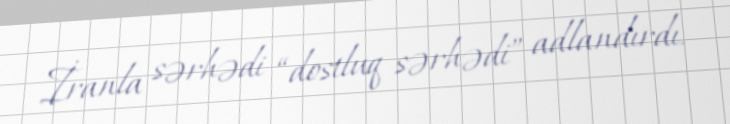
İranla sərhədi “dostluq sərhədi” adlandırdı.